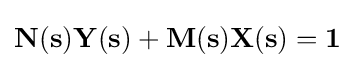
\mathbf {N(s)Y(s)} +\mathbf {M(s)X(s)} =\mathbf {1}